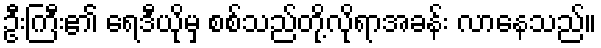
ဦးကြီး၏ ရေဒီယိုမှ စစ်သည်တို့လိုရာအခန်း လာနေသည်။